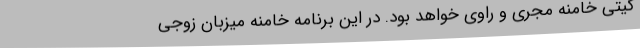
گیتی خامنه مجری و راوی خواهد بود. در این برنامه خامنه میزبان زوجی